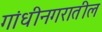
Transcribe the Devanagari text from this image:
गांधीनगरातील